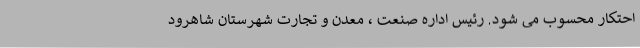
احتکار محسوب می شود. رئیس اداره صنعت ، معدن و تجارت شهرستان شاهرود